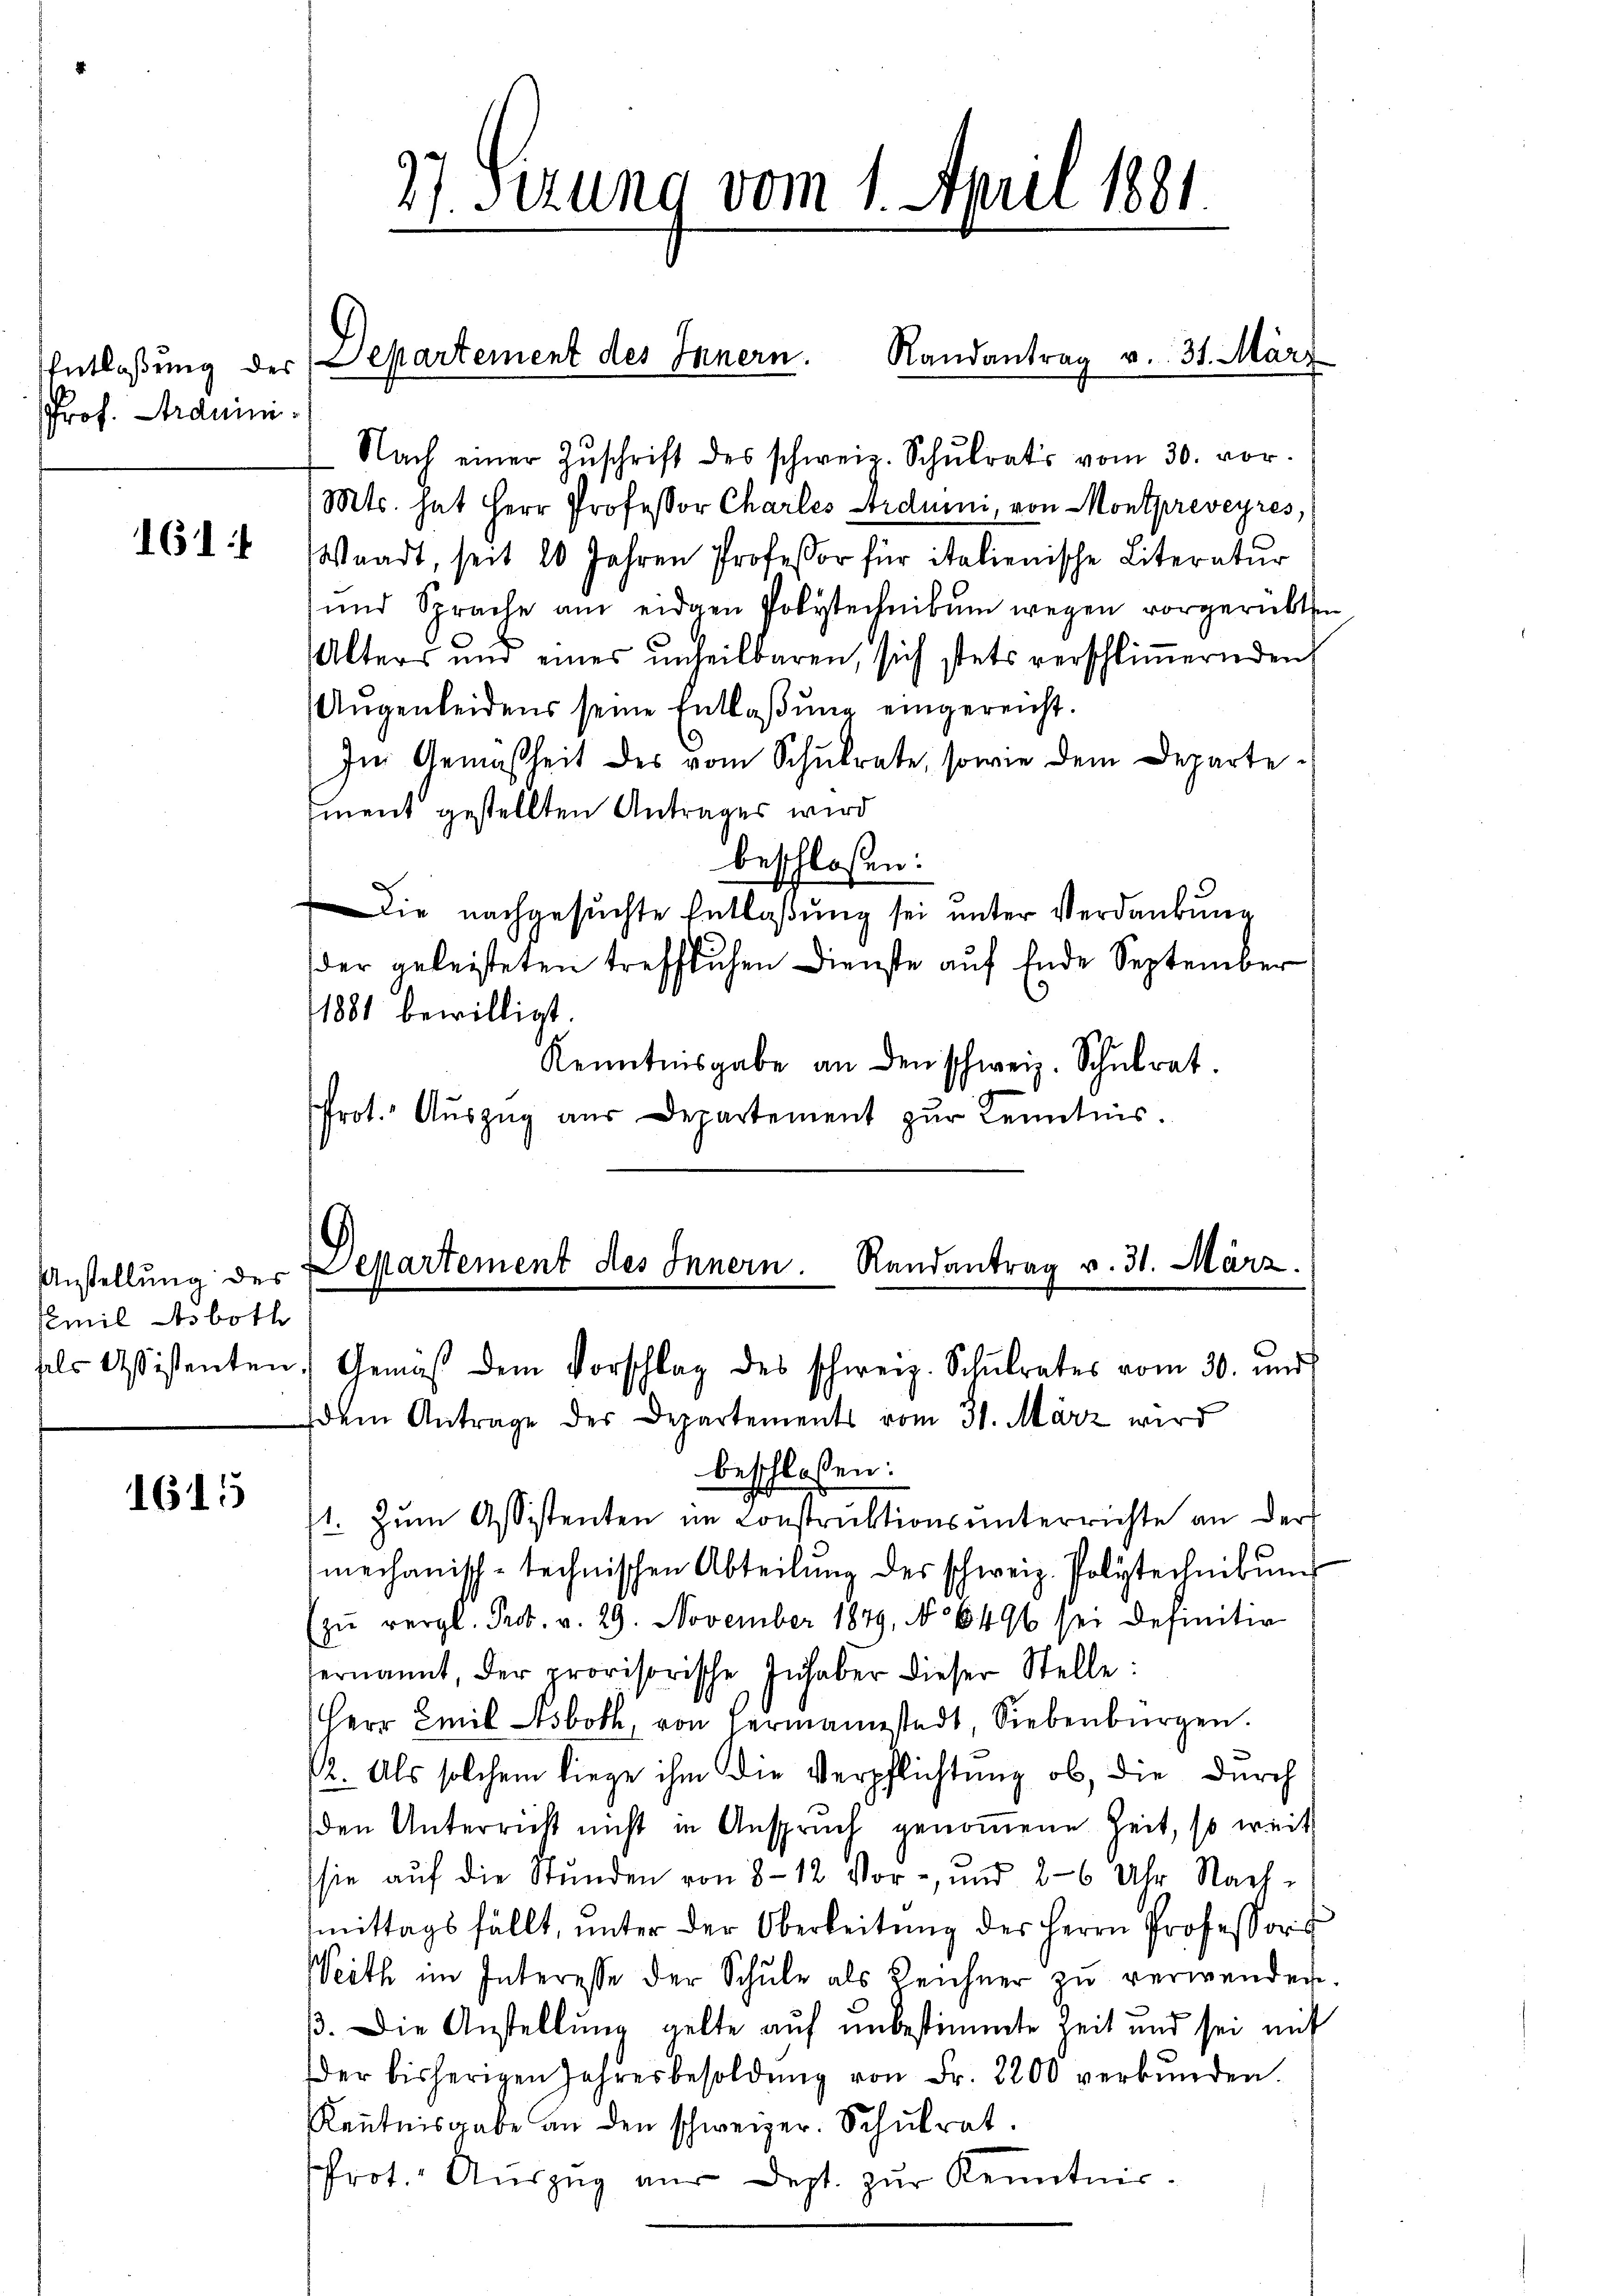
Entlaßung des
Prof. Arduini.

161

Anstellung des
Emil Asboth

615

27. Serung vom 1. April 1881.

Nach einer Zŭschrift des schweiz. Schŭlrats vom 30. vor.
Mts. hat Herr Professor Charles Fidumi, von Montpreveyres,
Waadt, seit 20 Jahren Professor für italienische Literatur
und Sprache am eidgen Polytechnikum wegen vorgerückten
Alters und eines ŭnseilbaren, sich stets verschliṁernden,
Augenleidens seine Entlaßung eingereicht.
Im Gemäßheit des vom Schŭlrate, sowie dem Departe¬
Ement gestellten Antrages wird
beschlossen:
Die nachgesuchte Entlaßung sei unter Verdankung
der geleisteten trefflichen Dienste auf Ende September
1881 bewilligt.
Kenntnisgabe an den schweiz. Schulrat.
Prot. Auszug aus Departement zur Kenntnis.

Departement des Innern. Randantrag v. 31. März

Departement des Innern. Randantrag v. 31. März.
sels Assistenten. Gemäβ dem Vorschlag des schweiz. Schŭlrates vom 30. und
dem Antrage des Departements vom 31. März wird

beschlossen:
1. Zum Assistenten im Construktionsunterrichte an der
mechanisch-technischen Abteilŭng des schweiz. Polytechnibŭng
(zŭ vergl. Prot. v. 29. November 1849 No 6496 sei definitiv
ernannt, der provisorische Inhaber dieser Stelle:
Herr Emil sboth, von Hermannstadt, Siebenbürgen.
12. Als solchem liege ihm die Verpflichtung ob, die durch
den Unterricht nicht in Anspruch genommene Zeit, so weit
sie auf die Stunden von 8 - 12 Vor- und 26 Uhr Nach-
mittags fällt, ŭnter der Oberleitŭng der Herrn Professor
Weith im Interesse der Schŭle als Zeichner zŭ verwenden.
ß. Die Anstellung gelte auf unbestimmte Zeit und sei mit
der bisherigen Jahresbesoldŭng von Fr. 2200 verbŭnden.
Kenntnisgabe an den schweizer. Schulrat.
rot. Aŭszŭg aŭs dept. zŭr Kenntnis¬